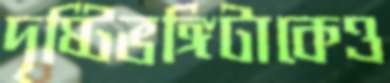
দৃষ্টিভঙ্গিটাকেও